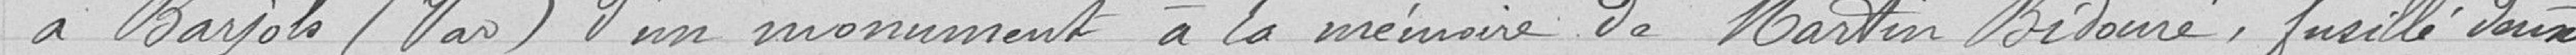
à Bayol (Var) d'un monument à la mémoire de Martin Bidouré, fusillé deux